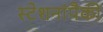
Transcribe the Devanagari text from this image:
स्टेशनांपैकी